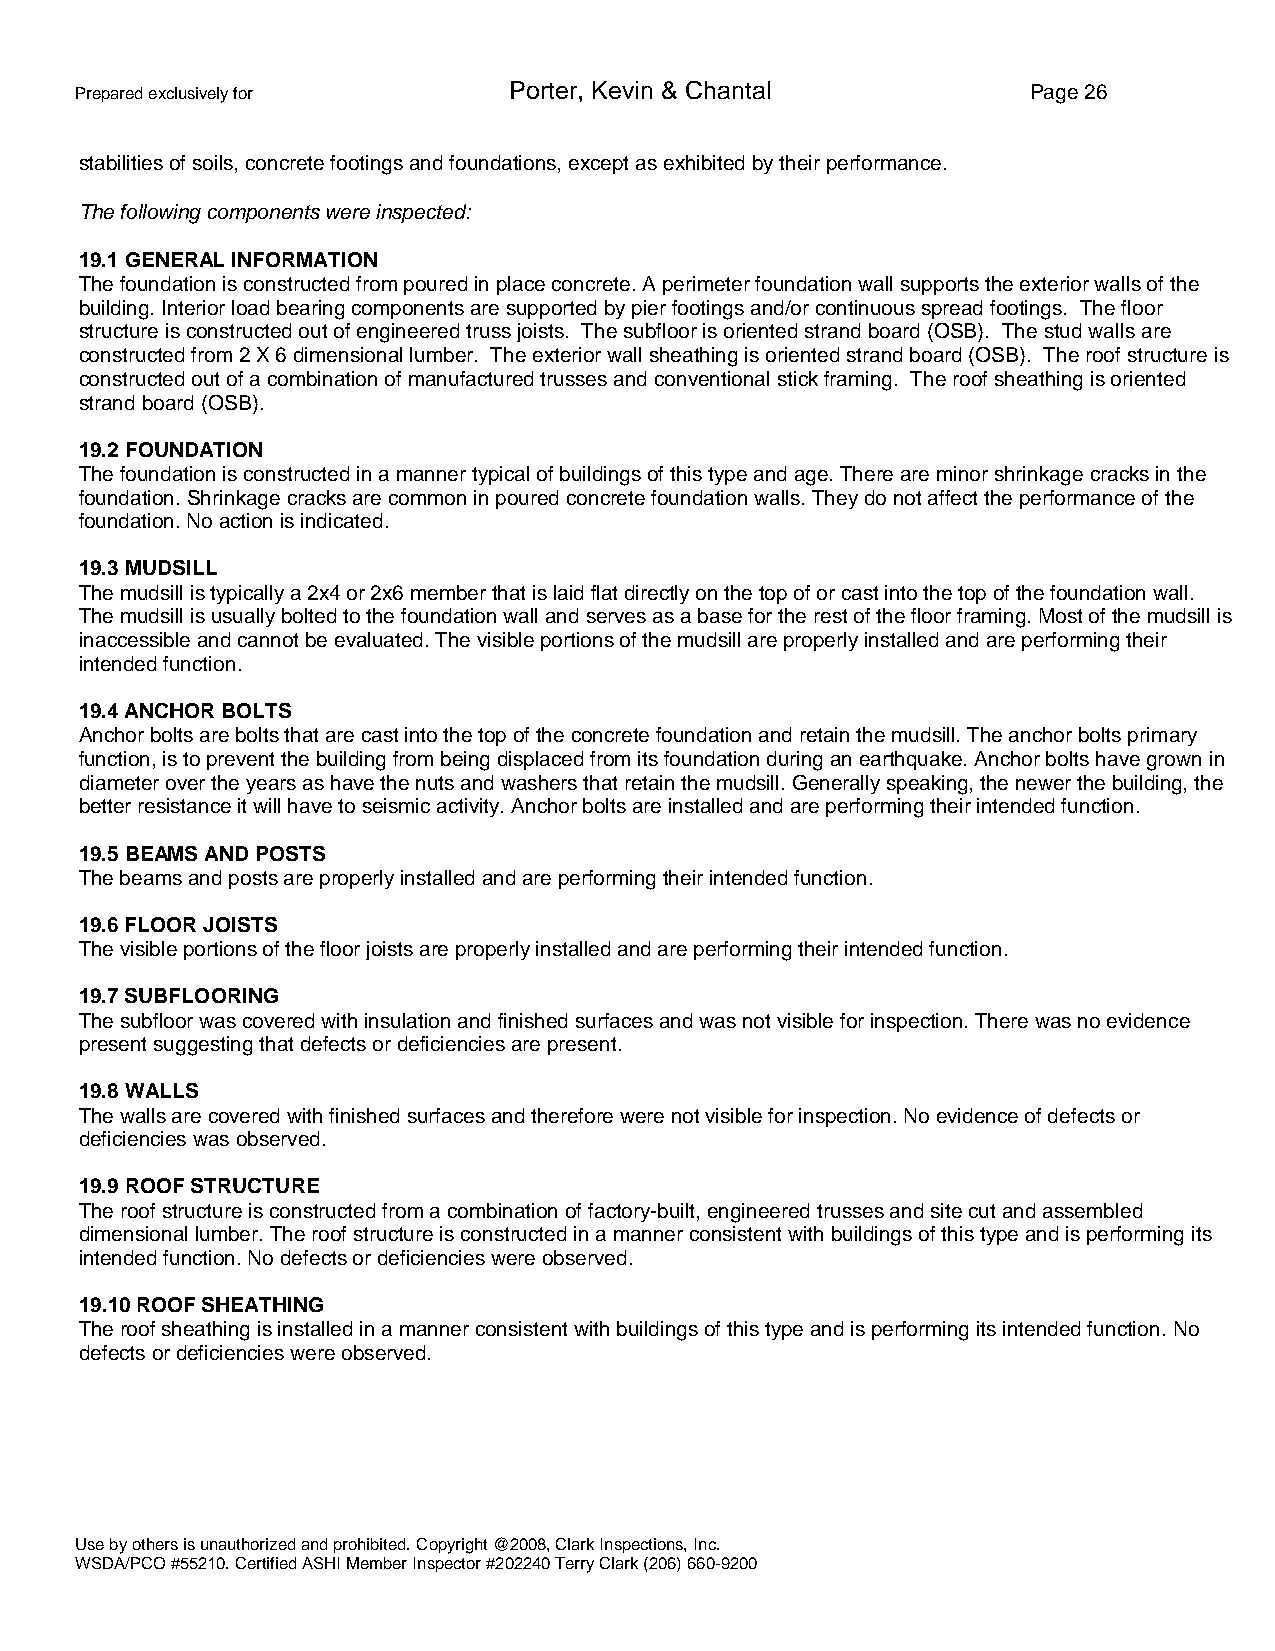
Prepared exclusively for     Porter, Kevin & Chantal           Page 26
 stabilities of soils, concrete footings and foundations, except as exhibited by their performance.
 The following components were inspected:
 19.1 GENERAL INFORMATION
 The foundation is constructed from poured in place concrete. A perimeter foundation wall supports the exterior walls of the
 building. Interior load bearing components are supported by pier footings and/or continuous spread footings. The floor
 structure is constructed out of engineered truss joists. The subfloor is oriented strand board (OSB). The stud walls are
 constructed from 2 X 6 dimensional lumber. The exterior wall sheathing is oriented strand board (OSB). The roof structure is
 constructed out of a combination of manufactured trusses and conventional stick framing. The roof sheathing is oriented
 strand board (OSB).
 19.2 FOUNDATION
 The foundation is constructed in a manner typical of buildings of this type and age. There are minor shrinkage cracks in the
 foundation. Shrinkage cracks are common in poured concrete foundation walls. They do not affect the performance of the
 foundation. No action is indicated.
 19.3 MUDSILL
 The mudsill is typically a 2x4 or 2x6 member that is laid flat directly on the top of or cast into the top of the foundation wall.
 The mudsill is usually bolted to the foundation wall and serves as a base for the rest of the floor framing. Most of the mudsill is
 inaccessible and cannot be evaluated. The visible portions of the mudsill are properly installed and are performing their
 intended function.
 19.4 ANCHOR BOLTS
 Anchor bolts are bolts that are cast into the top of the concrete foundation and retain the mudsill. The anchor bolts primary
 function, is to prevent the building from being displaced from its foundation during an earthquake. Anchor bolts have grown in
 diameter over the years as have the nuts and washers that retain the mudsill. Generally speaking, the newer the building, the
 better resistance it will have to seismic activity. Anchor bolts are installed and are performing their intended function.
 19.5 BEAMS AND POSTS
 The beams and posts are properly installed and are performing their intended function.
 19.6 FLOOR JOISTS
 The visible portions of the floor joists are properly installed and are performing their intended function.
 19.7 SUBFLOORING
 The subfloor was covered with insulation and finished surfaces and was not visible for inspection. There was no evidence
 present suggesting that defects or deficiencies are present.
 19.8 WALLS
 The walls are covered with finished surfaces and therefore were not visible for inspection. No evidence of defects or
 deficiencies was observed.
 19.9 ROOF STRUCTURE
 The roof structure is constructed from a combination of factory-built, engineered trusses and site cut and assembled
 dimensional lumber. The roof structure is constructed in a manner consistent with buildings of this type and is performing its
 intended function. No defects or deficiencies were observed.
 19.10 ROOF SHEATHING
 The roof sheathing is installed in a manner consistent with buildings of this type and is performing its intended function. No
 defects or deficiencies were observed.
 Use by others is unauthorized and prohibited. Copyright @2008, Clark Inspections, Inc.
 WSDA/PCO #55210. Certified ASHI Member Inspector #202240 Terry Clark (206) 660-9200